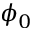
\phi _ { 0 }